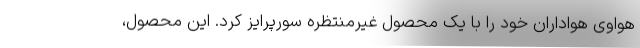
هواوی هواداران خود را با یک محصول غیرمنتظره سورپرایز کرد. این محصول،